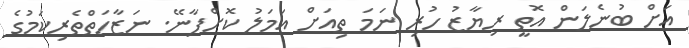
އަށް ބުނެލަން އޮތީ ރިޔާޒު ހުރި ނަމަ ތިއަށް އަމަލު ކޮށްފާނޭ. ނަޒާހަތްތެރިކަމުގެ